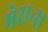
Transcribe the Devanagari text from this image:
मेसन्स